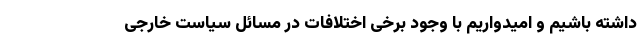
داشته باشیم و امیدواریم با وجود برخی اختلافات در مسائل سیاست خارجی